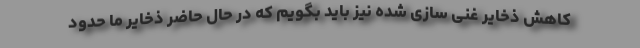
کاهش ذخایر غنی سازی شده نیز باید بگویم که در حال حاضر ذخایر ما حدود